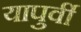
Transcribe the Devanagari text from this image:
यापुर्वी